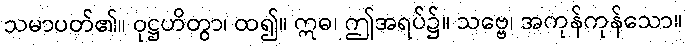
သမာပတ်၏။ ဝုဋ္ဌဟိတွာ၊ ထ၍။ ဣဓ၊ ဤအရပ်၌။ သဗ္ဗေ၊ အကုန်ကုန်သော။